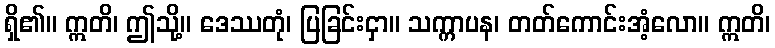
ရှိ၏။ ဣတိ၊ ဤသို့။ ဒေဿတုံ၊ ပြခြင်းငှာ။ သက္ကာပန၊ တတ်ကောင်းအံ့လော။ ဣတိ၊